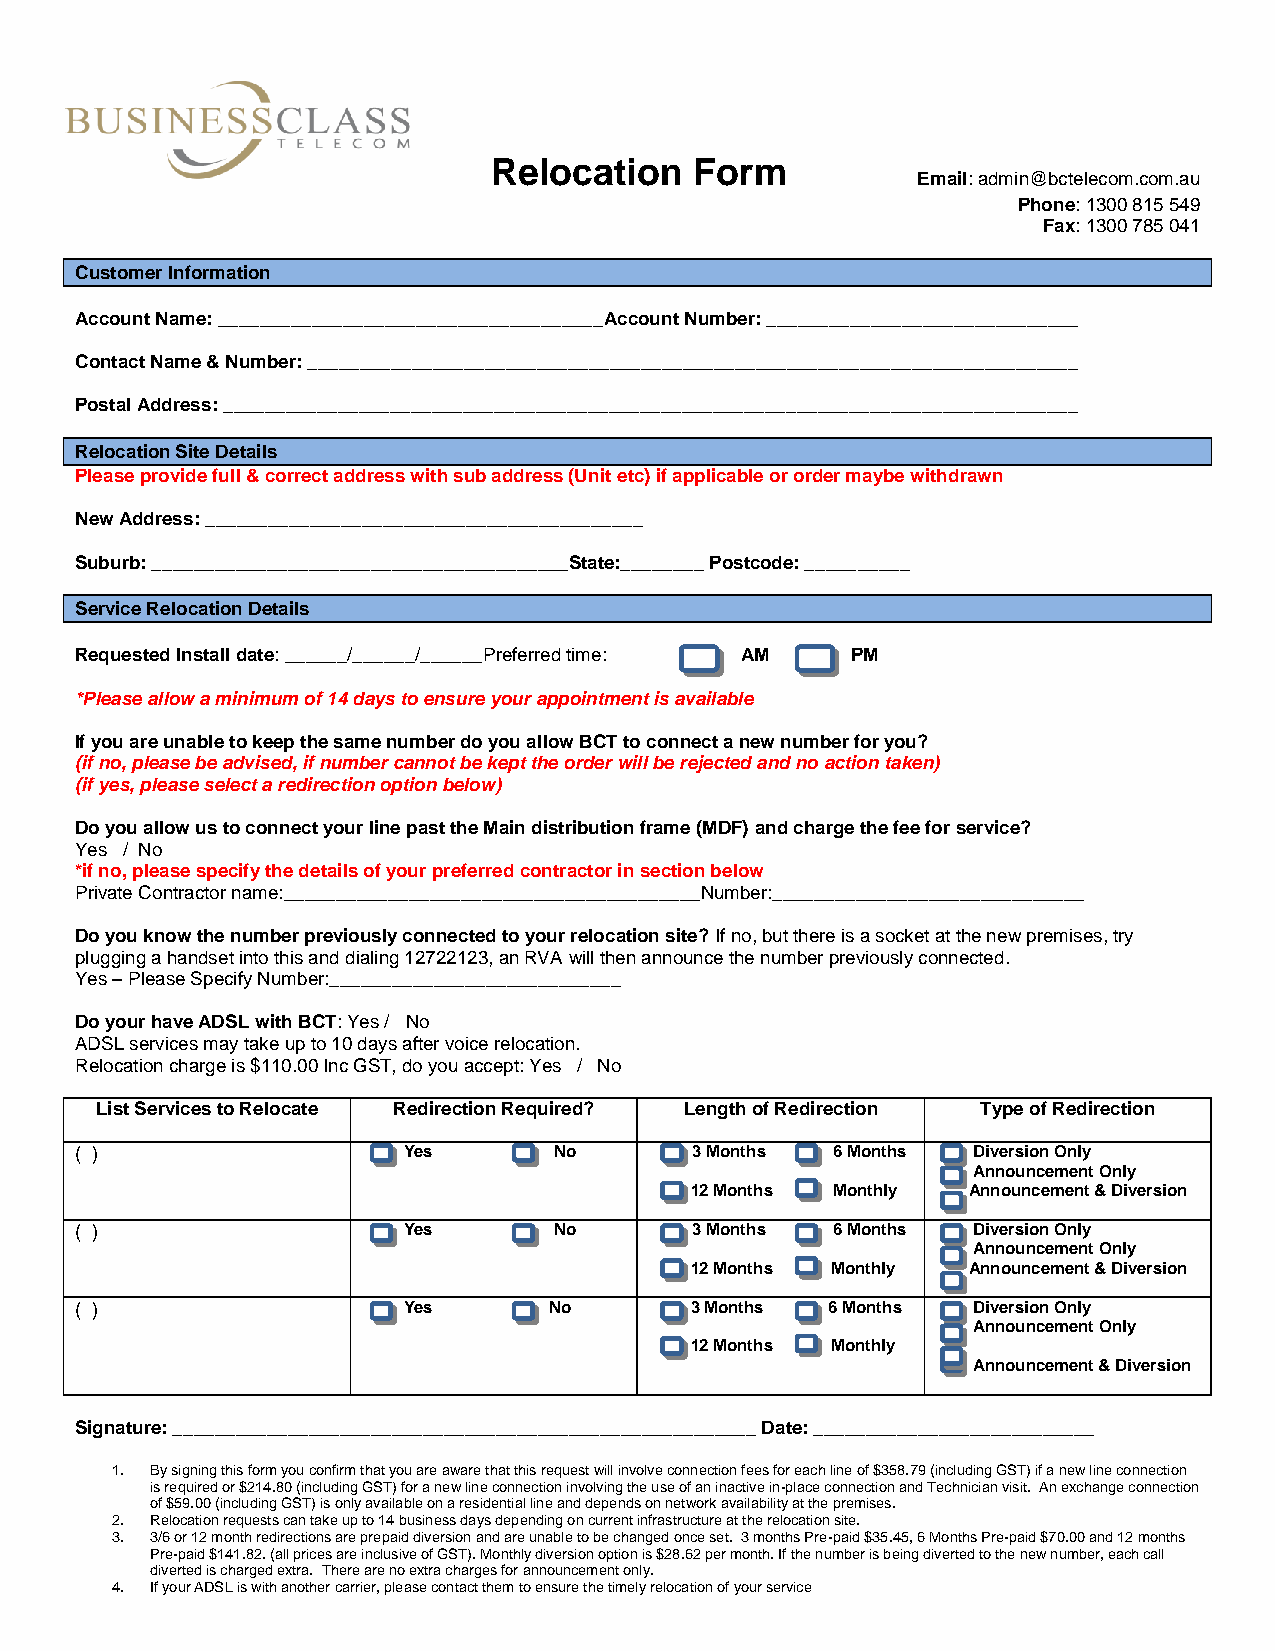
Relocation   Form
 Email: admin@bctelecom.com.au
 Phone: 1300 815 549
 Fax: 1300 785 041
 Customer Information
 Account Name: _____________________________________Account Number: ______________________________
 Contact Name & Number: __________________________________________________________________________
 Postal Address: __________________________________________________________________________________
 Relocation Site Details
 Please provide full & correct address with sub address (Unit etc) if applicable or order maybe withdrawn
 New Address: __________________________________________
 Suburb: ________________________________________State:________ Postcode: __________
 Service Relocation Details
 Requested Install date: ______/______/______Preferred time: AM PM
 *Please allow a minimum of 14 days to ensure your appointment is available
 If you are unable to keep the same number do you allow BCT to connect a new number for you?
 (if no, please be advised, if number cannot be kept the order will be rejected and no action taken)
 (if yes, please select a redirection option below)
 Do you allow us to connect your line past the Main distribution frame (MDF) and charge the fee for service?
 Yes / No
 *if no, please specify the details of your preferred contractor in section below
 Private Contractor name:________________________________________Number:______________________________
 Do you know the number previously connected to your relocation site? If no, but there is a socket at the new premises, try
 plugging a handset into this and dialing 12722123, an RVA will then announce the number previously connected.
 Yes – Please Specify Number:____________________________
 Do your have ADSL with BCT: Yes / No
 ADSL services may take up to 10 days after voice relocation.
 Relocation charge is $110.00 Inc GST, do you accept: Yes / No
 List Services to Relocate Redirection Required? Length of Redirection Type of Redirection
 ( )                   Yes       No       3 Months 6 Months Diversion Only
 Announcement Only
 12 Months Monthly Announcement & Diversion
 ( )                   Yes       No       3 Months 6 Months Diversion Only
 Announcement Only
 12 Months Monthly Announcement & Diversion
 ( )                   Yes      No        3 Months 6 Months Diversion Only
 Announcement Only
 12 Months Monthly
 Announcement & Diversion
 Signature: ________________________________________________________ Date: ___________________________
 1. By signing this form you confirm that you are aware that this request will involve connection fees for each line of $358.79 (including GST) if a new line connection
 is required or $214.80 (including GST) for a new line connection involving the use of an inactive in-place connection and Technician visit. An exchange connection
 of $59.00 (including GST) is only available on a residential line and depends on network availability at the premises.
 2. Relocation requests can take up to 14 business days depending on current infrastructure at the relocation site.
 3. 3/6 or 12 month redirections are prepaid diversion and are unable to be changed once set. 3 months Pre-paid $35.45, 6 Months Pre-paid $70.00 and 12 months
 Pre-paid $141.82. (all prices are inclusive of GST). Monthly diversion option is $28.62 per month. If the number is being diverted to the new number, each call
 diverted is charged extra. There are no extra charges for announcement only.
 4. If your ADSL is with another carrier, please contact them to ensure the timely relocation of your service